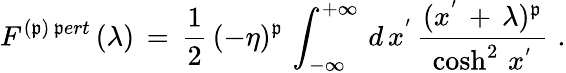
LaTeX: F^{(\mathfrak{p})\, \mathfrak{p}ert}\, (\lambda)\, =\, \frac{{1}}{{2}}\, (-\eta)^{\mathfrak{p}}\, \int_{-\infty}^{+\infty}\, d\, x^{'}\, \frac{{(x^{'}\, +\, \lambda)^{\mathfrak{p}}}}{{\cosh^{2}\, x^{'}}}\, \, .